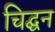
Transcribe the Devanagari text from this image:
चिद्घन